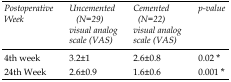
<table><thead><tr><td><b>Postoperative Week</b></td><td><b>Uncemented (N=29) visual analog scale (VAS)</b></td><td><b>Cemented (N=22) visual analog scale (VAS)</b></td><td><b>p-value</b></td></tr></thead><tbody><tr><td>4th week</td><td>3.2±1</td><td>2.6±0.8</td><td>0.02 *</td></tr><tr><td>24th Week</td><td>2.6±0.9</td><td>1.6±0.6</td><td>0.001 *</td></tr></tbody></table>